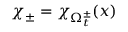
\chi _ { \pm } = \chi _ { \Omega _ { t } ^ { \pm } } ( x )